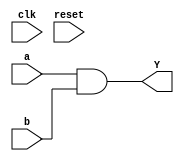
/*
simple 8 bit  AND in verilog,   TOP.

*/

module tt_um_and(
   input clk,
   input reset,
  input [7:0] a, b,
  output [7:0] Y
);

assign Y = a & b;


endmodule